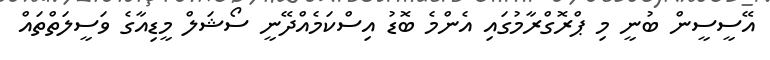
އޭސީސީން ބުނީ މި ޕްރޮގްރާމުގައި އެންމެ ބޮޑު އިސްކަމެއްދޭނީ ސޯޝަލް މީޑިއާގެ ވަސީލަތްތައް